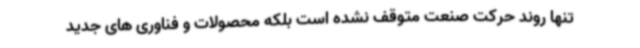
تنها روند حرکت صنعت متوقف نشده است بلکه محصولات و فناوری های جدید